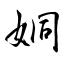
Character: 姛